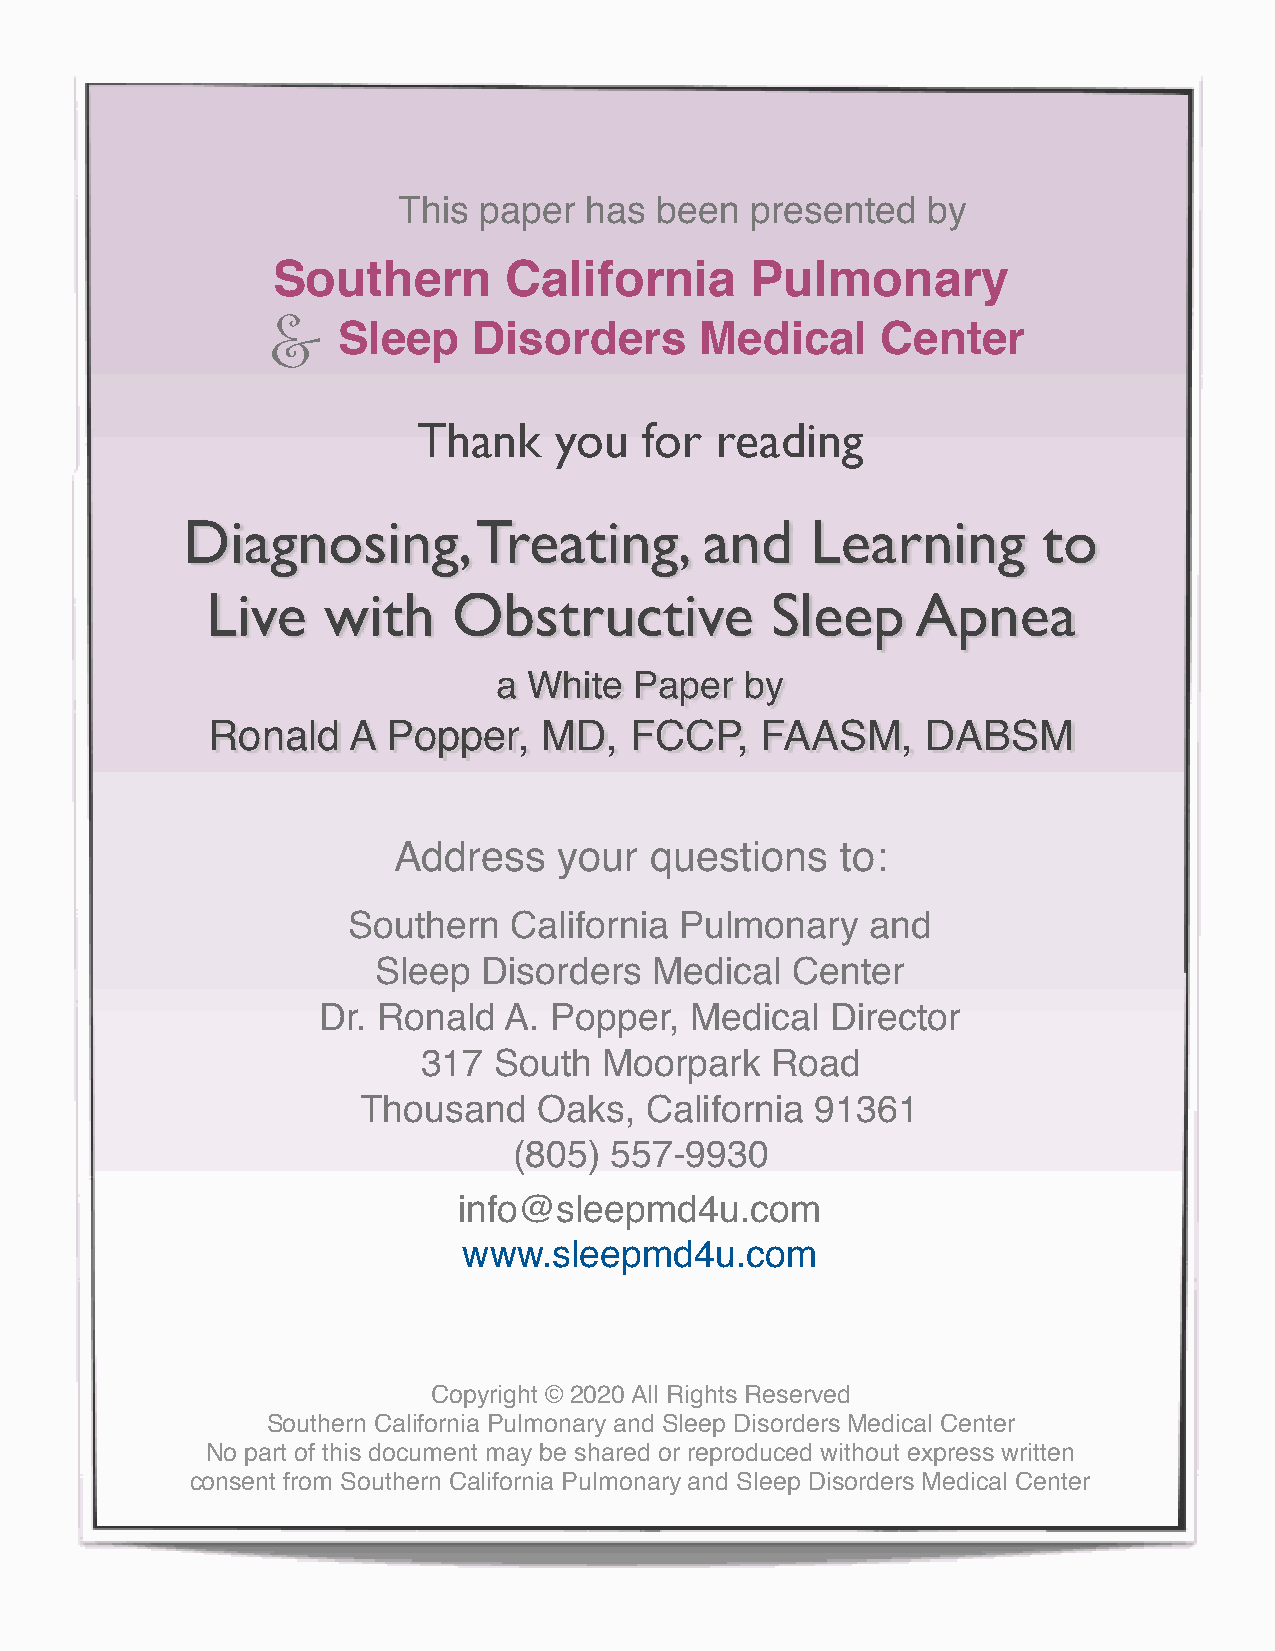
This  paper  has been   presented  by
 Southern        California      Pulmonary
 &   Sleep    Disorders      Medical     Center
 Thank    you   for reading
 Diagnosing,        Treating,       and    Learning       to
 Live   with     Obstructive          Sleep     Apnea
 a White  Paper  by
 Ronald   A  Popper,   MD,   FCCP,   FAASM,     DABSM
 Address    your  questions    to:
 Southern   California Pulmonary    and
 Sleep  Disorders  Medical  Center
 Dr. Ronald  A. Popper,   Medical  Director
 317  South  Moorpark   Road
 Thousand    Oaks,  California 91361
 (805) 557-9930
 info@sleepmd4u.com
 www.sleepmd4u.com
 Copyright © 2020 All Rights Reserved
 Southern California Pulmonary and Sleep Disorders Medical Center
 No part of this document may be shared or reproduced without express written
 consent from Southern California Pulmonary and Sleep Disorders Medical Center